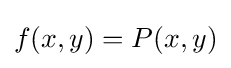
f(x,y)=P(x,y)